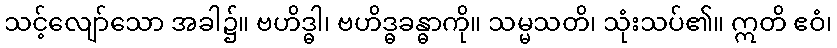
သင့်လျော်သော အခါ၌။ ဗဟိဒ္ဓါ၊ ဗဟိဒ္ဓခန္ဓာကို။ သမ္မသတိ၊ သုံးသပ်၏။ ဣတိ ဧဝံ၊